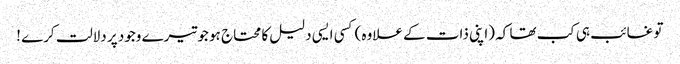
تو غائب ہی کب تھا کہ (اپنی ذات کے علاوہ) کسی ایسی دلیل کا محتاج ہو جو تیرے وجود پر دلالت کرے !